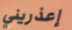
إعذريني